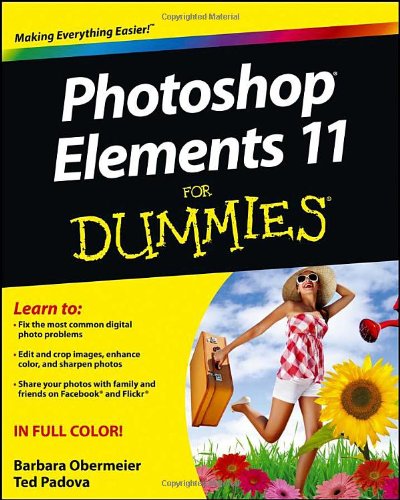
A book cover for Photoshop Elements 11 For Dummies; Barbara Obermeier; Computers & Technology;